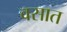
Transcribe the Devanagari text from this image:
वसात